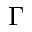
\Gamma